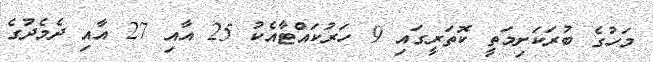
މަހުގެ ބުރަކަށިމަތީ ކޮތަރީގައި 9 ހަރުކައްޓާއެކު 25 އާއި 27 އާއި ދެމެދުގެ